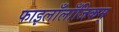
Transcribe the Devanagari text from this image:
फाइलाँलाँजिकम्